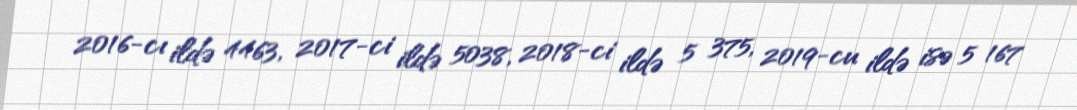
2016-cı ildə 4463, 2017-ci ildə 5038, 2018-ci ildə 5 375, 2019-cu ildə isə 5 167